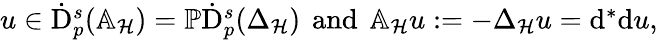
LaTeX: \begin{array}{r}{u\in\dot{\mathrm{D}}_{p}^{s}({\mathbb{A}_{\mathcal{H}}})=\mathbb{P}\dot{\mathrm{D}}_{p}^{s}({\Delta_{\mathcal{H}}})\, \mathrm{~and~}\, \mathbb{A}_{\mathcal{H}}u:=-{\Delta_{\mathcal{H}}}u=\mathrm{d}^{\ast}\mathrm{d}u\mathrm{,~}}\end{array}